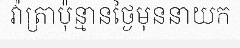
វ៉ាត្រាប៉ុន្មានថ្ងៃមុននាយក